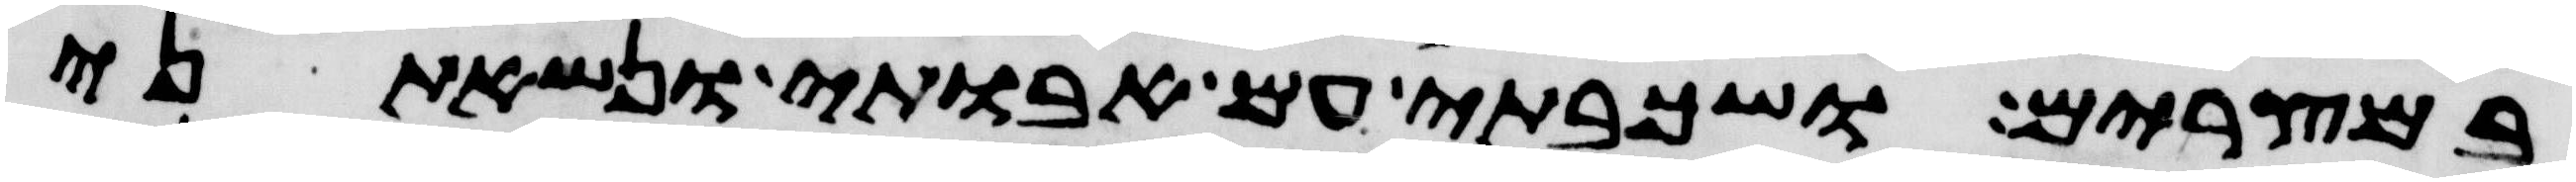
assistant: במצרים ושכבתי עם אבתי ונשאתני